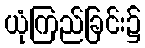
ယုံကြည်ခြင်း၌